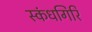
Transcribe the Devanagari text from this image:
स्‍कंधगिरि